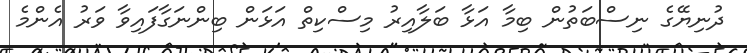
ދުނިޔޭގެ ނިސްބަތުން ބިމާ އަޅާ ބަލާއިރު މިސްކިތް އަޅަން ބިންނަގާފައިވާ ވަރު އެންމެ